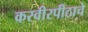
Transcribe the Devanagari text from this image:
करवीरपीठाचे